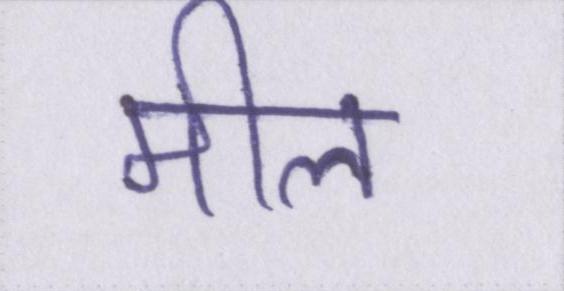
मील